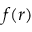
f ( r )